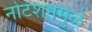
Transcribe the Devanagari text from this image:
नोटेशनमुळे